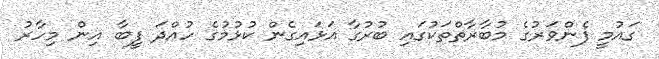
ގައުމީ ފެންވަރުގެ މުބާރާތްތަކުގައި ބުރުގާ އަޅައިގެން ކުޅުމުގެ ހުއްދަ ފީބާ އިން މިހާރު